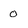
Character: 0